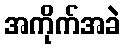
အကိုက်အခဲ